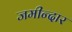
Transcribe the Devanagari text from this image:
जमीन्दार